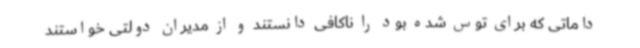
داماتی که برای توس شده بود را ناکافی دانستند و از مدیران دولتی خواستند